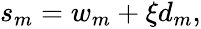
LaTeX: \begin{array}{r}{s_{m}=w_{m}+\xi d_{m},}\end{array}